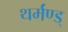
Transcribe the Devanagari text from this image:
थर्मंण्ड्